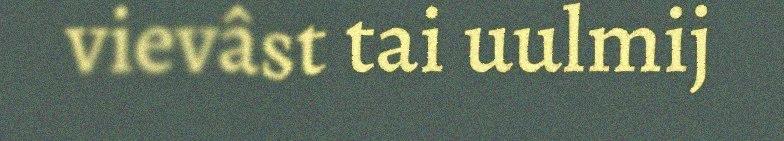
vievâst tai uulmij